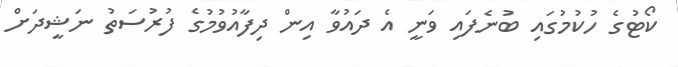
ކޯޓުގެ ހުކުމުގައި ބުނެފައި ވަނީ އެ ދައުވާ އިން ދިފާއުވުމުގެ ފުރުސަތު ނަޝީދަށް